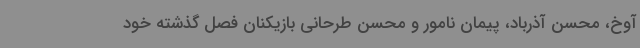
آوخ، محسن آذرباد، پیمان نامور و محسن طرحانی بازیکنان فصل گذشته خود